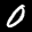
Label: 0